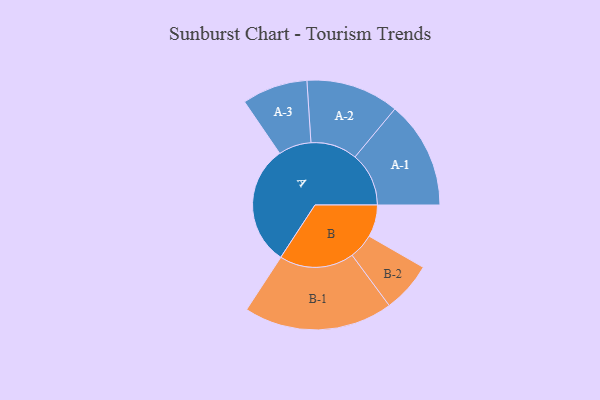
{"axis": {"x": "Segment", "y": "Value"}, "legend": ["", "A", "B"], "data": [{"x": "A", "y": 481, "type": ""}, {"x": "B", "y": 128, "type": ""}, {"x": "A-1", "y": 215, "type": "A"}, {"x": "A-2", "y": 186, "type": "A"}, {"x": "A-3", "y": 131, "type": "A"}, {"x": "B-1", "y": 298, "type": "B"}, {"x": "B-2", "y": 101, "type": "B"}]}